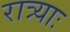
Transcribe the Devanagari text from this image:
रात्र्याः